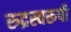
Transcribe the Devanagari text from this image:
रुद्रस्वरूपी